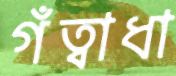
গঁত্বাধা